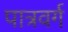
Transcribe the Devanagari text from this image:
पात्रवर्ग